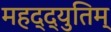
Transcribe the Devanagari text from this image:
महद्‌द्युतिम्